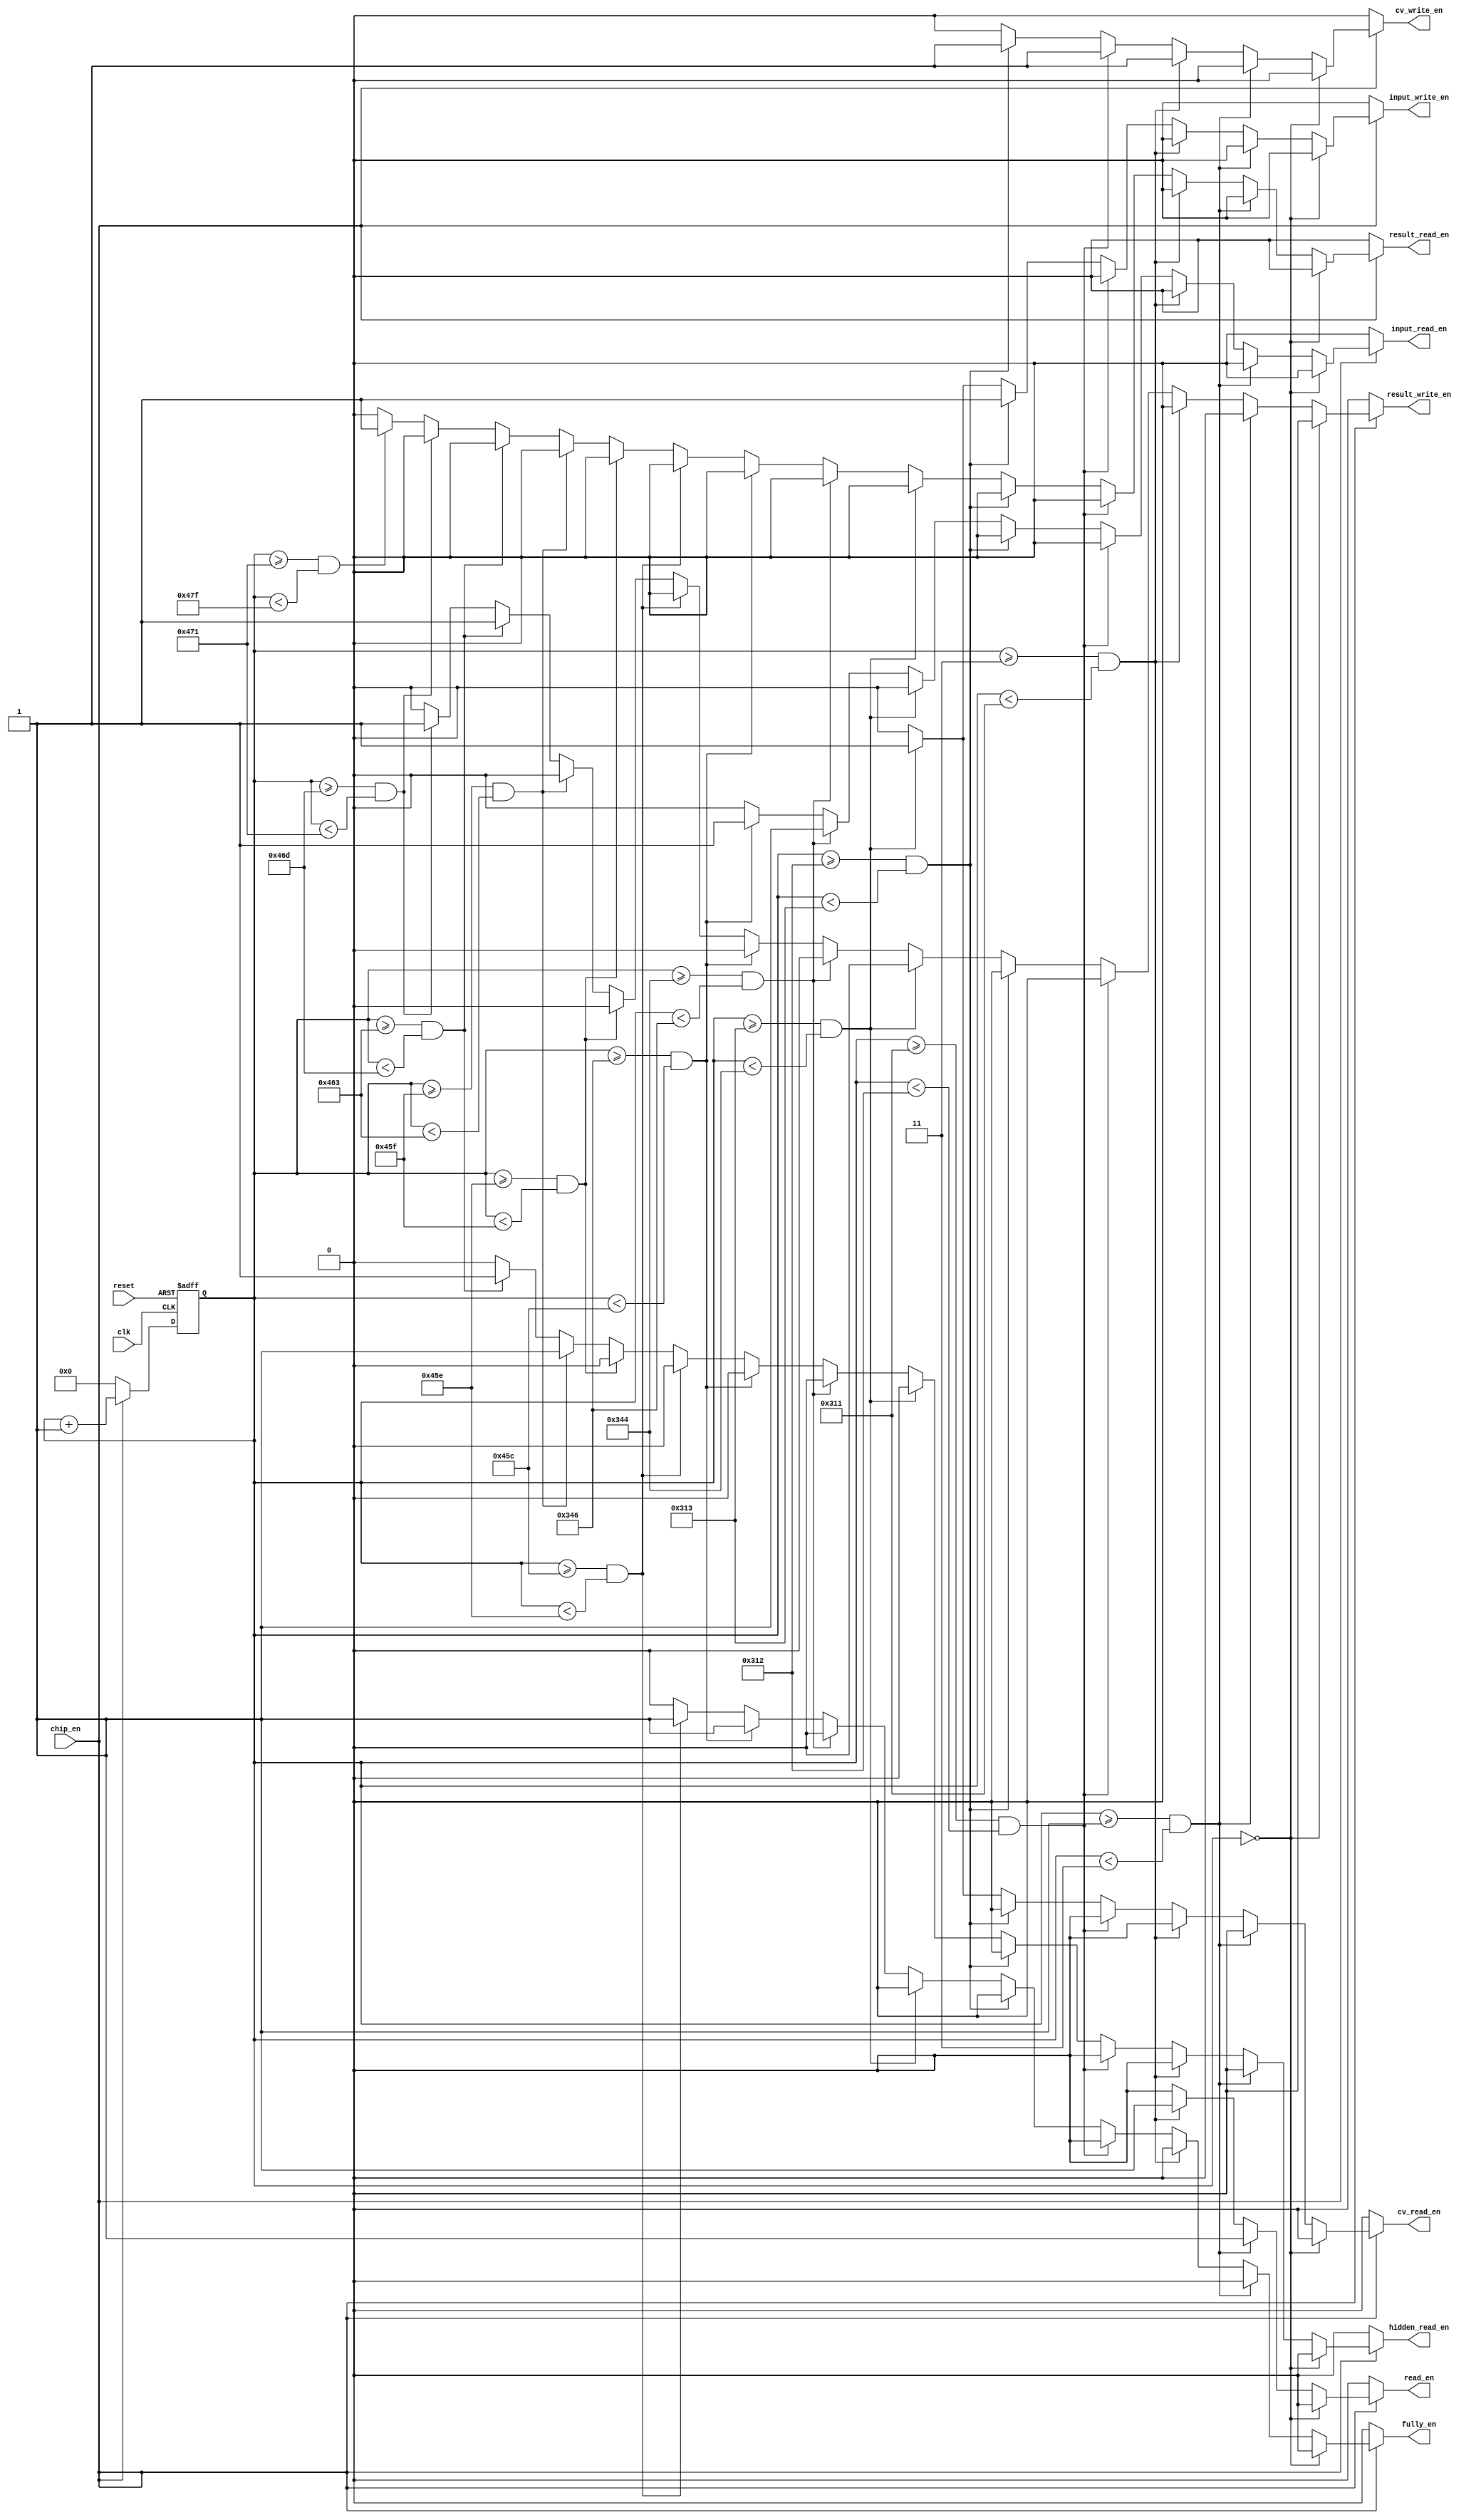
`timescale 1ns / 1ps
//////////////////////////////////////////////////////////////////////////////////
// Company: 
// Engineer: 
// 
// Design Name: 
// Module Name: MES
// Project Name: 
// Target Devices: 
// Tool Versions: 
// Description: 
// 
// Dependencies: 
// 
// Revision:
// Revision 0.01 - File Created
// Additional Comments:
// 
//////////////////////////////////////////////////////////////////////////////////


module MES( clk, reset, chip_en, read_en, cv_write_en, input_write_en, cv_read_en, input_read_en, hidden_read_en, fully_en, result_write_en, result_read_en );

    input clk;
    input reset;
    input chip_en;
    output reg read_en;
    output reg cv_write_en;
    output reg input_write_en;
    output reg cv_read_en;
    output reg input_read_en;
    output reg hidden_read_en;
    output reg fully_en;
    output reg result_write_en;
    output reg result_read_en;
    
    reg [10:0] cnt;
    always @ (*)
    begin
        if(chip_en)
        begin
            if(cnt==0)
            begin
                read_en = 1'b0;
                cv_write_en = 1'b0;
                input_write_en = 1'b0;
                cv_read_en = 1'b0;
                input_read_en = 1'b0;
                hidden_read_en = 1'b0;
                fully_en = 1'b0;
                result_write_en = 1'b0;
                result_read_en = 1'b0;
            end
            else if(cnt >= 1 && cnt < 3)
            begin
                read_en = 1'b1;
                cv_write_en = 1'b0;
                input_write_en = 1'b0;
                cv_read_en = 1'b0;
                input_read_en = 1'b0;
                hidden_read_en = 1'b0;
                fully_en = 1'b0;
                result_write_en = 1'b0;
                result_read_en = 1'b0;            
            end
            else if(cnt >= 3 && cnt < 785)
            begin
                read_en = 1'b1;
                cv_write_en = 1'b1;
                input_write_en = 1'b0;
                cv_read_en = 1'b0;
                input_read_en = 1'b0;
                hidden_read_en = 1'b0;
                fully_en = 1'b0;
                result_write_en = 1'b0;
                result_read_en = 1'b0;   
            end
            else if(cnt >= 785 && cnt < 786)
            begin
                read_en = 1'b0;
                cv_write_en = 1'b1;
                input_write_en = 1'b0;
                cv_read_en = 1'b0;
                input_read_en = 1'b0;
                hidden_read_en = 1'b0;
                fully_en = 1'b0;
                result_write_en = 1'b0;
                result_read_en = 1'b0;  
            end
            else if(cnt >= 786 && cnt < 787)
            begin
                read_en = 1'b0;
                cv_write_en = 1'b1;
                input_write_en = 1'b1;
                cv_read_en = 1'b0;
                input_read_en = 1'b0;
                hidden_read_en = 1'b0;
                fully_en = 1'b0;
                result_write_en = 1'b0;
                result_read_en = 1'b0;  
            end
            else if(cnt >= 787 && cnt < 836)
            begin
                read_en = 1'b0;
                cv_write_en = 1'b0;
                input_write_en = 1'b1;
                cv_read_en = 1'b1;
                input_read_en = 1'b0;
                hidden_read_en = 1'b0;
                fully_en = 1'b0;
                result_write_en = 1'b0;
                result_read_en = 1'b0;  
            end
            else if(cnt >= 836 && cnt < 838)
            begin
                read_en = 1'b0;
                cv_write_en = 1'b0;
                input_write_en = 1'b0;
                cv_read_en = 1'b0;
                input_read_en = 1'b1;
                hidden_read_en = 1'b0;
                fully_en = 1'b0;
                result_write_en = 1'b0;
                result_read_en = 1'b0;  
            end
            else if(cnt >= 838 && cnt < 1116)
            begin
                read_en = 1'b0;
                cv_write_en = 1'b0;
                input_write_en = 1'b0;
                cv_read_en = 1'b0;
                input_read_en = 1'b1;
                hidden_read_en = 1'b0;
                fully_en = 1'b1;
                result_write_en = 1'b0;
                result_read_en = 1'b0;
            end
            else if(cnt >= 1116 && cnt < 1118)
            begin
                read_en = 1'b0;
                cv_write_en = 1'b0;
                input_write_en = 1'b0;
                cv_read_en = 1'b0;
                input_read_en = 1'b0;
                hidden_read_en = 1'b0;
                fully_en = 1'b1;
                result_write_en = 1'b0;
                result_read_en = 1'b0;
            end
            else if(cnt >= 1118 && cnt < 1119)
            begin
                read_en = 1'b0;
                cv_write_en = 1'b0;
                input_write_en = 1'b0;
                cv_read_en = 1'b0;
                input_read_en = 1'b0;
                hidden_read_en = 1'b0;
                fully_en = 1'b0;
                result_write_en = 1'b0;
                result_read_en = 1'b0;
            end
            else if(cnt >= 1119 && cnt < 1123)
            begin
                read_en = 1'b0;
                cv_write_en = 1'b0;
                input_write_en = 1'b0;
                cv_read_en = 1'b0;
                input_read_en = 1'b0;
                hidden_read_en = 1'b1;
                fully_en = 1'b0;
                result_write_en = 1'b0;
                result_read_en = 1'b0;
            end
            else if(cnt >= 1123 && cnt < 1133)
            begin
                read_en = 1'b0;
                cv_write_en = 1'b0;
                input_write_en = 1'b0;
                cv_read_en = 1'b0;
                input_read_en = 1'b0;
                hidden_read_en = 1'b1;
                fully_en = 1'b0;
                result_write_en = 1'b1;
                result_read_en = 1'b0;
            end
            else if(cnt >= 1133 && cnt < 1137)
            begin
                read_en = 1'b0;
                cv_write_en = 1'b0;
                input_write_en = 1'b0;
                cv_read_en = 1'b0;
                input_read_en = 1'b0;
                hidden_read_en = 1'b0;
                fully_en = 1'b0;
                result_write_en = 1'b1;
                result_read_en = 1'b0;
            end
            else if(cnt >= 1137 && cnt < 1151)
            begin
                read_en = 1'b0;
                cv_write_en = 1'b0;
                input_write_en = 1'b0;
                cv_read_en = 1'b0;
                input_read_en = 1'b0;
                hidden_read_en = 1'b0;
                fully_en = 1'b0;
                result_write_en = 1'b0;
                result_read_en = 1'b1;
            end
            else
            begin
                read_en = 1'b0;
                cv_write_en = 1'b0;
                input_write_en = 1'b0;
                cv_read_en = 1'b0;
                input_read_en = 1'b0;
                hidden_read_en = 1'b0;
                fully_en = 1'b0;
                result_write_en = 1'b0;
                result_read_en = 1'b0;
            end
        end
        else
        begin
            read_en = 1'b0;
            cv_write_en = 1'b0;
            input_write_en = 1'b0;
            cv_read_en = 1'b0;
            input_read_en = 1'b0;
            hidden_read_en = 1'b0;
            fully_en = 1'b0;
            result_write_en = 1'b0;
            result_read_en = 1'b0;
        end
    end
    always @ (posedge clk or negedge reset)
    begin
        if( !reset )
        begin
            cnt <= 0;
        end
        else
        begin
            if(chip_en)
            begin
                cnt <= cnt + 1'b1;
            end
            else
            begin
                cnt <= 0;
            end
        end
    end
endmodule